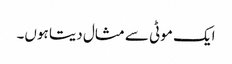
ایک موٹی سے مثال دیتا ہوں۔